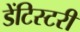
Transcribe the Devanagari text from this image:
डेंटिस्टरी